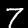
Digit: 7